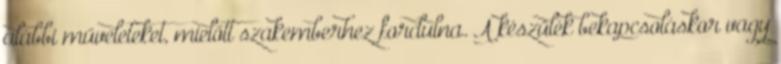
alábbi műveleteket, mielőtt szakemberhez fordulna. A készülék bekapcsoláskor vagy